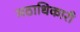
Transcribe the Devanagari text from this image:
मठाधिकारी